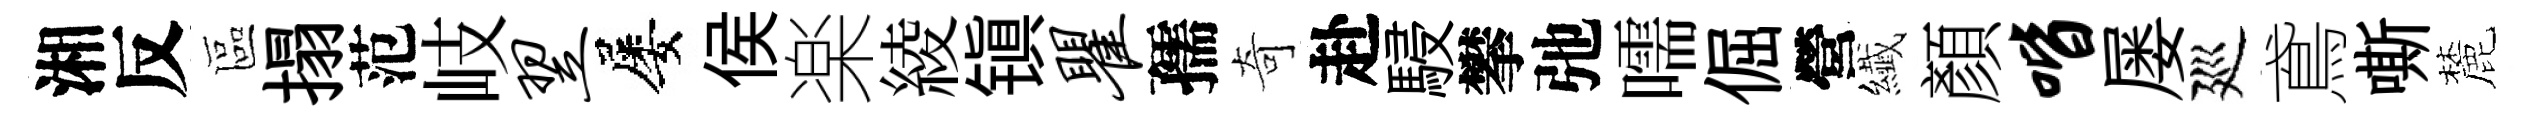
湘反區搨范岐翌屡侯楽綾镇瞿孺奇赴駸攀弛嚅倔營纎顏喈屡廵鳶嘶麓